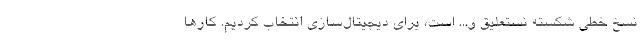
نسخ خطی شکسته نستعلیق و... است، برای دیجیتال‌سازی انتخاب کردیم. کارها